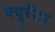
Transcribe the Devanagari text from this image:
क्यूरेंटर